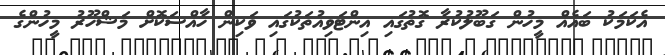
އެކަމަކު ބައެއް މީހުން ގަބޫލުކުރާ ގޮތުގައި އިންޓަވިއުތަކުގައި ވަކިން ހާއްސަކޮށް މަޝްހޫރު މީހުންގެ